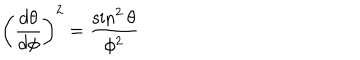
\left( { \frac { d \theta } { d \phi } } \right) ^ { 2 } = { \frac { \sin ^ { 2 } \theta } { \phi ^ { 2 } } }